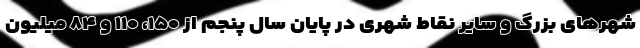
شهرهای بزرگ و سایر نقاط شهری در پایان سال پنجم از ۱۵۰، ۱۱۰ و ۸۴ میلیون